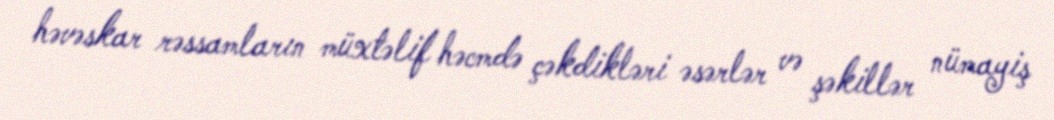
həvəskar rəssamların müxtəlif həcmdə çəkdikləri əsərlər və şəkillər nümayiş